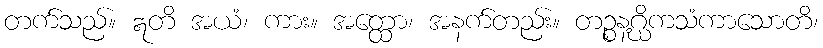
တက်သည်။ ဣတိ အယံ၊ ကား။ အတ္ထော၊ အနက်တည်း။ တဉ္စနဂ္ဃိကသံကာသောတိ၊